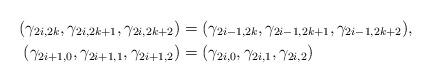
LaTeX: \begin{align*} (\gamma_{2i,2k},\gamma_{2i,2k+1},\gamma_{2i,2k+2}) &=(\gamma_{2i-1,2k},\gamma_{2i-1,2k+1},\gamma_{2i-1,2k+2}), \\ (\gamma_{2i+1,0},\gamma_{2i+1,1},\gamma_{2i+1,2}) &=(\gamma_{2i,0},\gamma_{2i,1},\gamma_{2i,2})\end{align*}